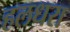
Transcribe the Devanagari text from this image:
हलधरा